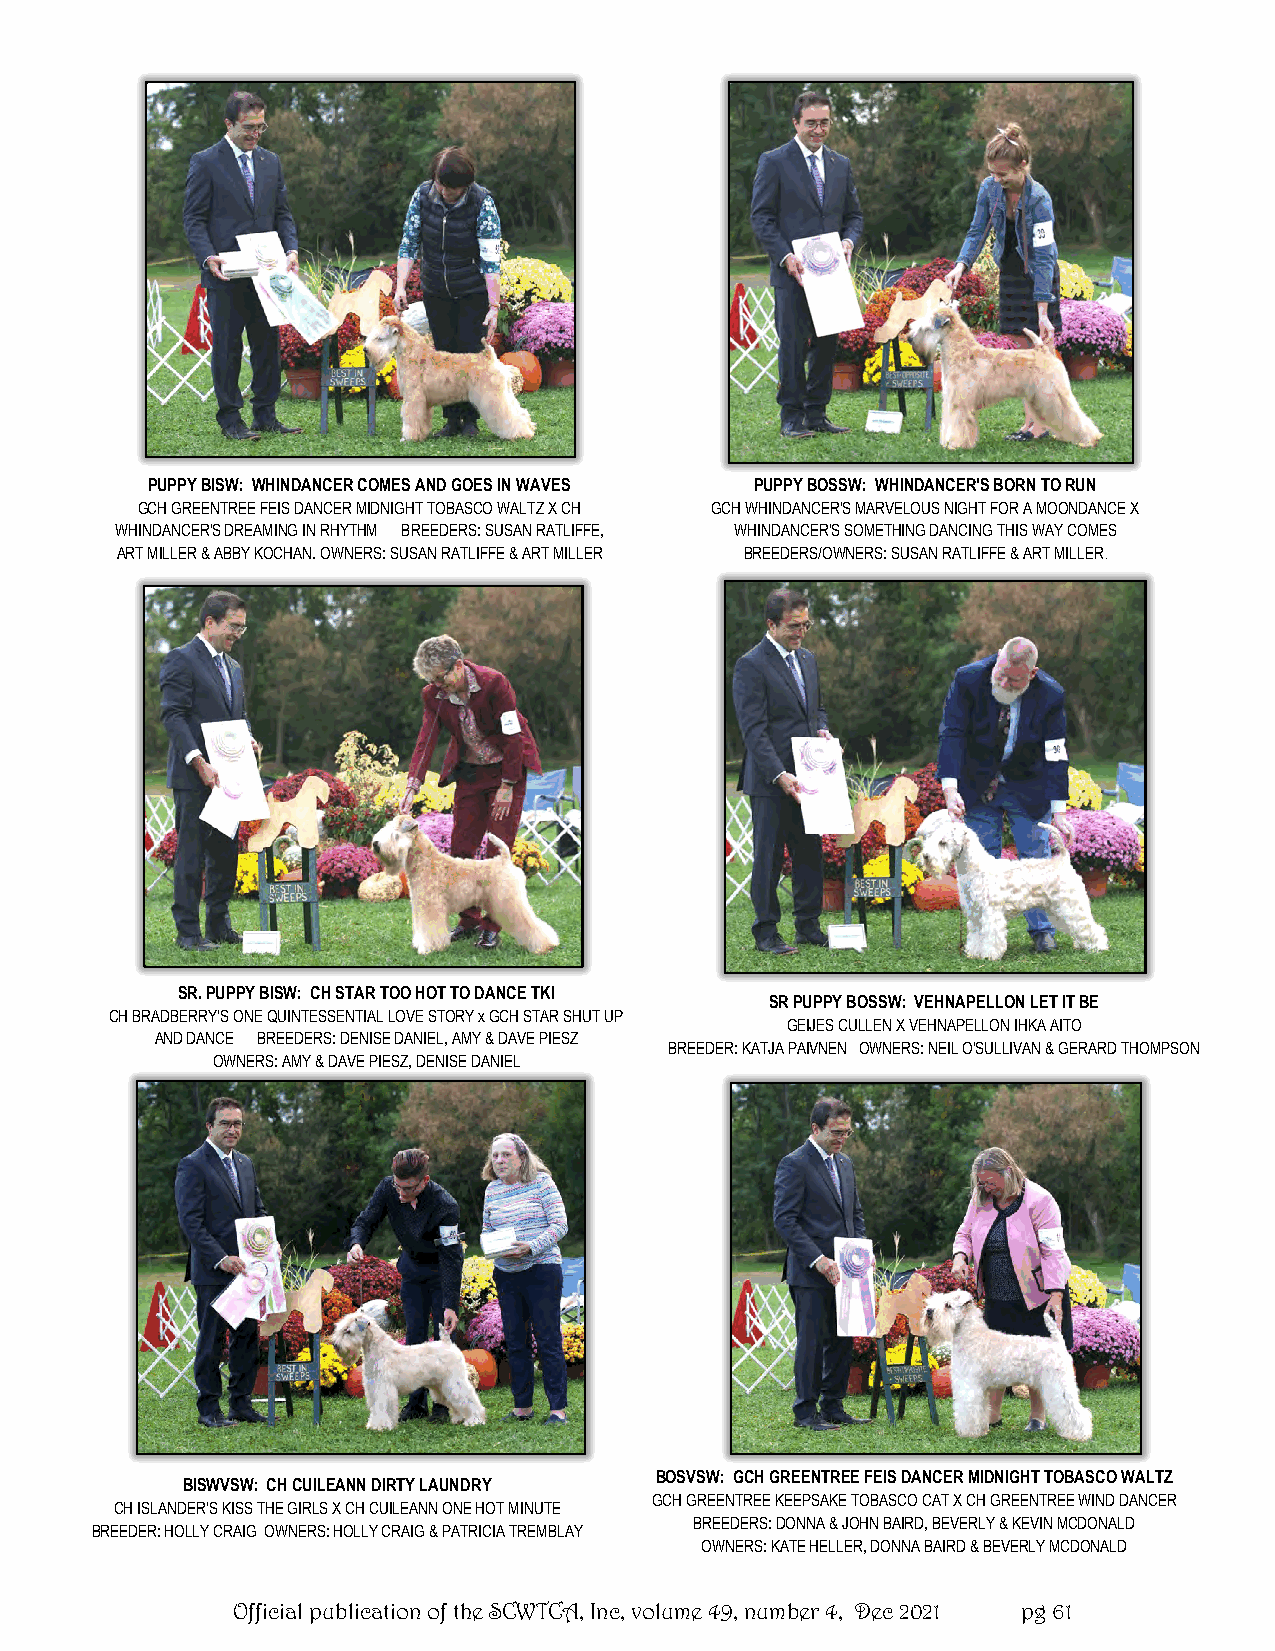
PUPPY BISW: WHINDANCER COMES AND GOES IN WAVES PUPPY BOSSW: WHINDANCER'S BORN TO RUN
 GCH GREENTREE FEIS DANCER MIDNIGHT TOBASCO WALTZ X CH GCH WHINDANCER'S MARVELOUS NIGHT FOR A MOONDANCE X
 WHINDANCER'S DREAMING IN RHYTHM BREEDERS: SUSAN RATLIFFE, WHINDANCER'S SOMETHING DANCING THIS WAY COMES
 ART MILLER & ABBY KOCHAN. OWNERS: SUSAN RATLIFFE & ART MILLER BREEDERS/OWNERS: SUSAN RATLIFFE & ART MILLER.
 SR. PUPPY BISW: CH STAR TOO HOT TO DANCE TKI
 SR PUPPY BOSSW: VEHNAPELLON LET IT BE
 CH BRADBERRY'S ONE QUINTESSENTIAL LOVE STORY x GCH STAR SHUT UP
 GEIJES CULLEN X VEHNAPELLON IHKA AITO
 AND DANCE BREEDERS: DENISE DANIEL, AMY & DAVE PIESZ
 BREEDER: KATJA PAIVNEN OWNERS: NEIL O'SULLIVAN & GERARD THOMPSON
 OWNERS: AMY & DAVE PIESZ, DENISE DANIEL
 BOSVSW: GCH GREENTREE FEIS DANCER MIDNIGHT TOBASCO WALTZ
 BISWVSW: CH CUILEANN DIRTY LAUNDRY
 GCH GREENTREE KEEPSAKE TOBASCO CAT X CH GREENTREE WIND DANCER
 CH ISLANDER'S KISS THE GIRLS X CH CUILEANN ONE HOT MINUTE
 BREEDERS: DONNA & JOHN BAIRD, BEVERLY & KEVIN MCDONALD
 BREEDER: HOLLY CRAIG OWNERS: HOLLY CRAIG & PATRICIA TREMBLAY
 OWNERS: KATE HELLER, DONNA BAIRD & BEVERLY MCDONALD
 Official publication of the SCWTCA, Inc, volume 49, number 4, Dec 2021 pg 61